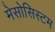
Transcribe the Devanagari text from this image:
मेसोसिस्टम